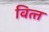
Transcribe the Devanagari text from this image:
वित्‍त